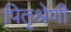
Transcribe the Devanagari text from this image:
पितृश्रेणी